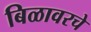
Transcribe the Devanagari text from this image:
बिळावरचे